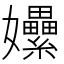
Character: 𡤯